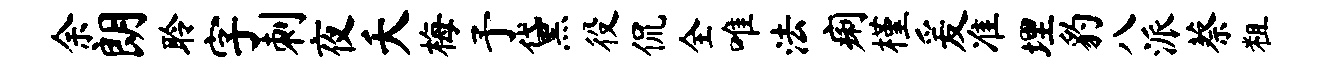
余朗聆字刺夜夭梅予黛役侃全唯法痢槿爰准埋豹八派蔡粗